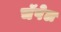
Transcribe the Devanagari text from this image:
चॅपेल